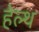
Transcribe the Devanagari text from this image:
हेल्‍थ